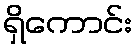
ရှိကောင်း